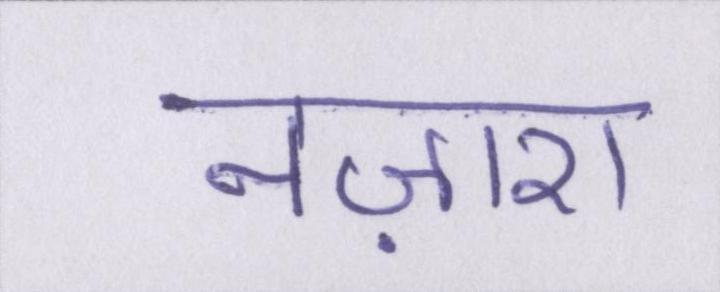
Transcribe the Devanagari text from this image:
नज़ारा